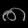
Digit: ၈